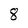
Character: 8